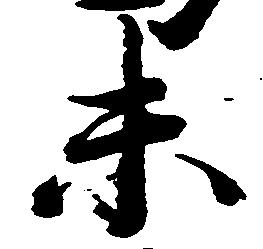
未